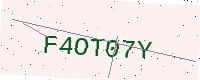
Text: F4OT07Y